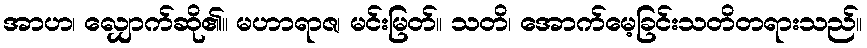
အာဟ၊ လျှောက်ဆို၏။ မဟာရာဇ၊ မင်းမြတ်။ သတိ၊ အောက်မေ့ခြင်းသတိတရားသည်။